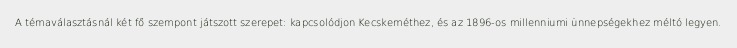
A témaválasztásnál két fő szempont játszott szerepet: kapcsolódjon Kecskeméthez, és az 1896-os millenniumi ünnepségekhez méltó legyen.